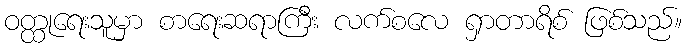
ဝတ္ထုရေးသူမှာ စာရေးဆရာကြီး လက်စလေ ရှာတာရိစ် ဖြစ်သည်။